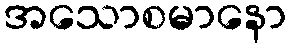
အသောစမာနော